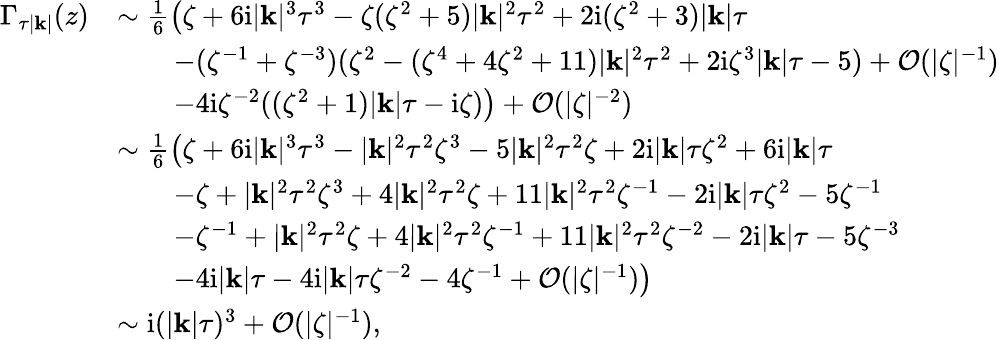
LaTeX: \begin{array}{rl}{\Gamma_{\tau|\mathbf{k}|}(z)}&{\sim\frac{1}{6}\left(\zeta+6\mathrm{i}|\mathbf{k}|^{3}\tau^{3}-\zeta(\zeta^{2}+5)|\mathbf{k}|^{2}\tau^{2}+2\mathrm{i}(\zeta^{2}+3)|\mathbf{k}|\tau\right.}\\ &{\qquad-(\zeta^{-1}+\zeta^{-3})(\zeta^{2}-(\zeta^{4}+4\zeta^{2}+11)|\mathbf{k}|^{2}\tau^{2}+2\mathrm{i}\zeta^{3}|\mathbf{k}|\tau-5)+\mathcal{O}(|\zeta|^{-1})}\\ &{\qquad\left.-4\mathrm{i}\zeta^{-2}((\zeta^{2}+1)|\mathbf{k}|\tau-\mathrm{i}\zeta)\right)+\mathcal{O}(|\zeta|^{-2})}\\ &{\sim\frac{1}{6}\left(\zeta+6\mathrm{i}|\mathbf{k}|^{3}\tau^{3}-|\mathbf{k}|^{2}\tau^{2}\zeta^{3}-5|\mathbf{k}|^{2}\tau^{2}\zeta+2\mathrm{i}|\mathbf{k}|\tau\zeta^{2}+6\mathrm{i}|\mathbf{k}|\tau\right.}\\ &{\qquad-\zeta+|\mathbf{k}|^{2}\tau^{2}\zeta^{3}+4|\mathbf{k}|^{2}\tau^{2}\zeta+11|\mathbf{k}|^{2}\tau^{2}\zeta^{-1}-2\mathrm{i}|\mathbf{k}|\tau\zeta^{2}-5\zeta^{-1}}\\ &{\qquad-\zeta^{-1}+|\mathbf{k}|^{2}\tau^{2}\zeta+4|\mathbf{k}|^{2}\tau^{2}\zeta^{-1}+11|\mathbf{k}|^{2}\tau^{2}\zeta^{-2}-2\mathrm{i}|\mathbf{k}|\tau-5\zeta^{-3}}\\ &{\left.\qquad-4\mathrm{i}|\mathbf{k}|\tau-4\mathrm{i}|\mathbf{k}|\tau\zeta^{-2}-4\zeta^{-1}+\mathcal{O}(|\zeta|^{-1})\right)}\\ &{\sim\mathrm{i}(|\mathbf{k}|\tau)^{3}+\mathcal{O}(|\zeta|^{-1}),}\end{array}